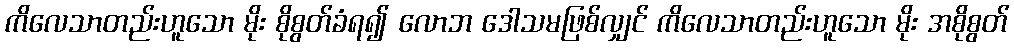
ကိလေသာတည်းဟူသော မိုး စိုစွတ်ခံရ၍ လောဘ ဒေါသမဖြစ်လျှင် ကိလေသာတည်းဟူသော မိုး အစိုစွတ်